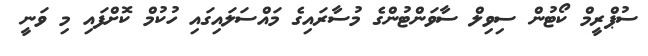
ސުޕްރީމް ކޯޓުން ސިވިލް ސާވަންޓުންގެ މުސާރައިގެ މައްސަލައިގައި ހުކުމް ކޮށްފައި މި ވަނީ